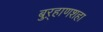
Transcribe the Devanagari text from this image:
बुऱ्हाणशहा